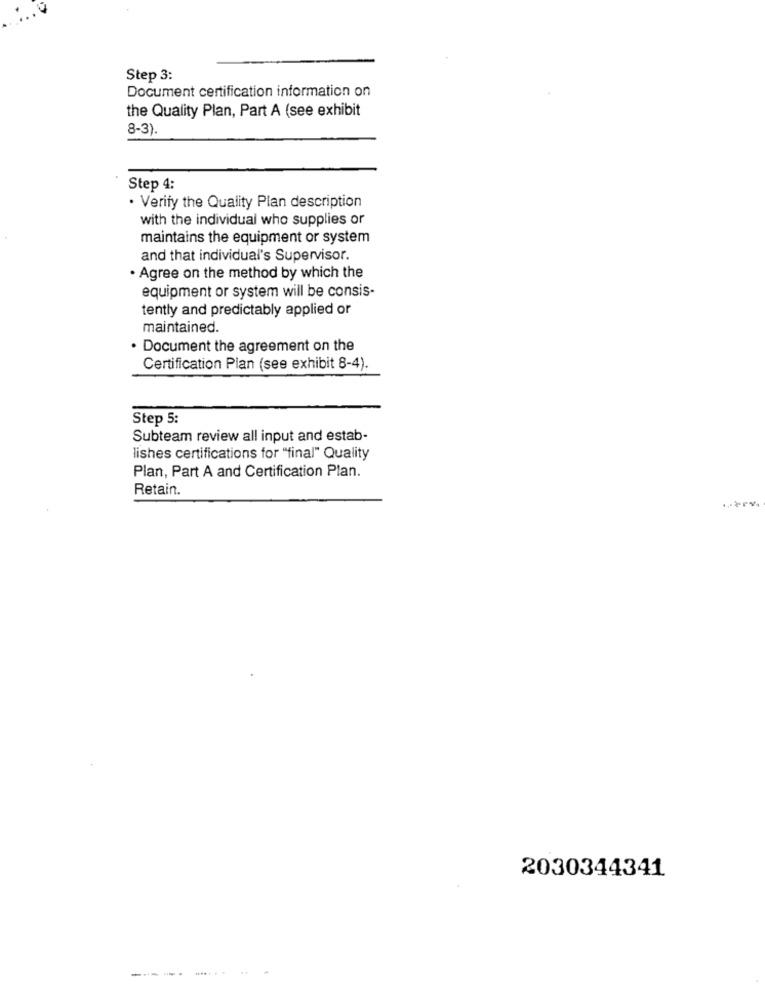
Step 3:
Document certification information on
the Quality Plan, Part A (see exhibit
8-3).
Step 4:
. Verify the Quality Plan description
with the individual who supplies or
maintains the equipment or system
and that individual's Supervisor.
. Agree on the method by which the
equipment or system will be consis-
tently and predictably applied or
maintained.
Document the agreement on the
Certification Plan (see exhibit 8-4).
Step 5:
Subteam review all input and estab-
lishes certifications for "final" Quality
Plan, Part A and Certification Plan.
Retain.
2030344341